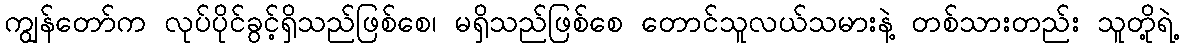
ကျွန်တော်က လုပ်ပိုင်ခွင့်ရှိသည်ဖြစ်စေ၊ မရှိသည်ဖြစ်စေ တောင်သူလယ်သမားနဲ့ တစ်သားတည်း သူတို့ရဲ့